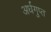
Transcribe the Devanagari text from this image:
अर्धगुप्त